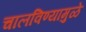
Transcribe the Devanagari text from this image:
चालविण्यामुळे